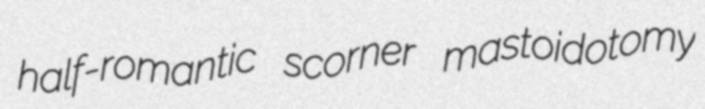
half-romantic scorner mastoidotomy